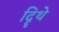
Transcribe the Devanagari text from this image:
दिॄथे